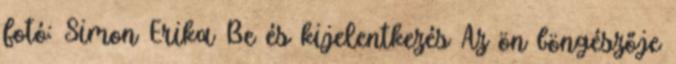
fotó: Simon Erika Be és kijelentkezés Az ön böngészője